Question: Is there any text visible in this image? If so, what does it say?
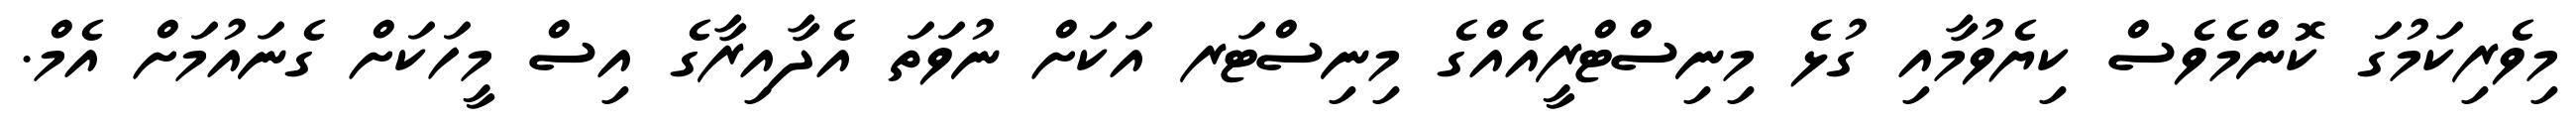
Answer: މިވެރިކަމުގަ ކޮންމެވެސް ކިޔެވުމާއި ގުޅެ މިނިސްޓްރީއެއްގެ މިނިސްޓަރ އަކަށް ނުވަތަ އެދާއިރާގެ އިސް މީހަކަށް ގެނައުމަށް އެމް.